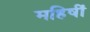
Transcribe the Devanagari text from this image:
महिषीं